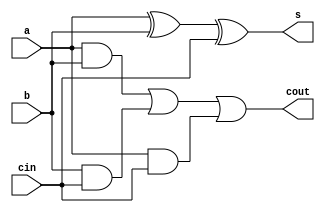
module full_adder(
    input a, input b, input cin, output s, output cout
);
    assign s = a ^ b ^ cin;
    assign cout = (a & b) | (b & cin) | (a & cin);
endmodule


module rca(
    input [3:0] a, input [3:0] b, input cin, output [3:0] s, output cout
);
    wire c1, c2, c3;
    full_adder fa0(a[0], b[0], cin, s[0], c1);
    full_adder fa1(a[1], b[1], c1, s[1], c2);
    full_adder fa2(a[2], b[2], c2, s[2], c3);
    full_adder fa3(a[3], b[3], c3, s[3], cout);
endmodule

module rca_tb;
    reg [3:0] a, b;
    reg cin;
    wire [3:0] s;
    wire cout;
    rca tb (a, b, cin, s, cout);
    initial begin
        cin = 0;
        a = 4'b0110; b = 4'b1100; #10;
        a = 4'b1110; b = 4'b1000; #10;
        a = 4'b0111; b = 4'b1110; #10;
        a = 4'b0010; b = 4'b1001; #10;
        $stop;
    end
endmodule